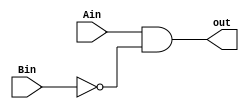
module lt1b(out, Ain, Bin);
    output wire out;
    input wire Ain, Bin;

    assign out = Ain & ~Bin;
endmodule